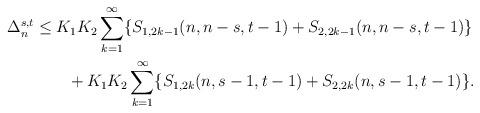
LaTeX: \begin{align*}\begin{aligned}\Delta_n^{s,t}&\leq K_1 K_2 \sum_{k=1}^{\infty} \{ S_{1,2k-1}(n,n-s,t-1) + S_{2,2k-1}(n,n-s,t-1)\}\\& \qquad+K_1 K_2 \sum_{k=1}^{\infty} \{ S_{1,2k}(n,s-1,t-1) + S_{2,2k}(n,s-1,t-1)\}.\end{aligned}\end{align*}